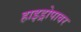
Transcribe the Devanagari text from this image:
हाइड्रोपावर